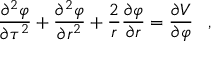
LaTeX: \frac { { \partial } ^ { 2 } { \varphi } } { { \partial } { \tau ^ { 2 } } } + \frac { { \partial } ^ { 2 } { \varphi } } { { \partial } r ^ { 2 } } + \frac { 2 } { r } \frac { { \partial } { \varphi } } { { \partial } r } = \frac { { \partial } V } { { \partial } { \varphi } } \; \; \; ,